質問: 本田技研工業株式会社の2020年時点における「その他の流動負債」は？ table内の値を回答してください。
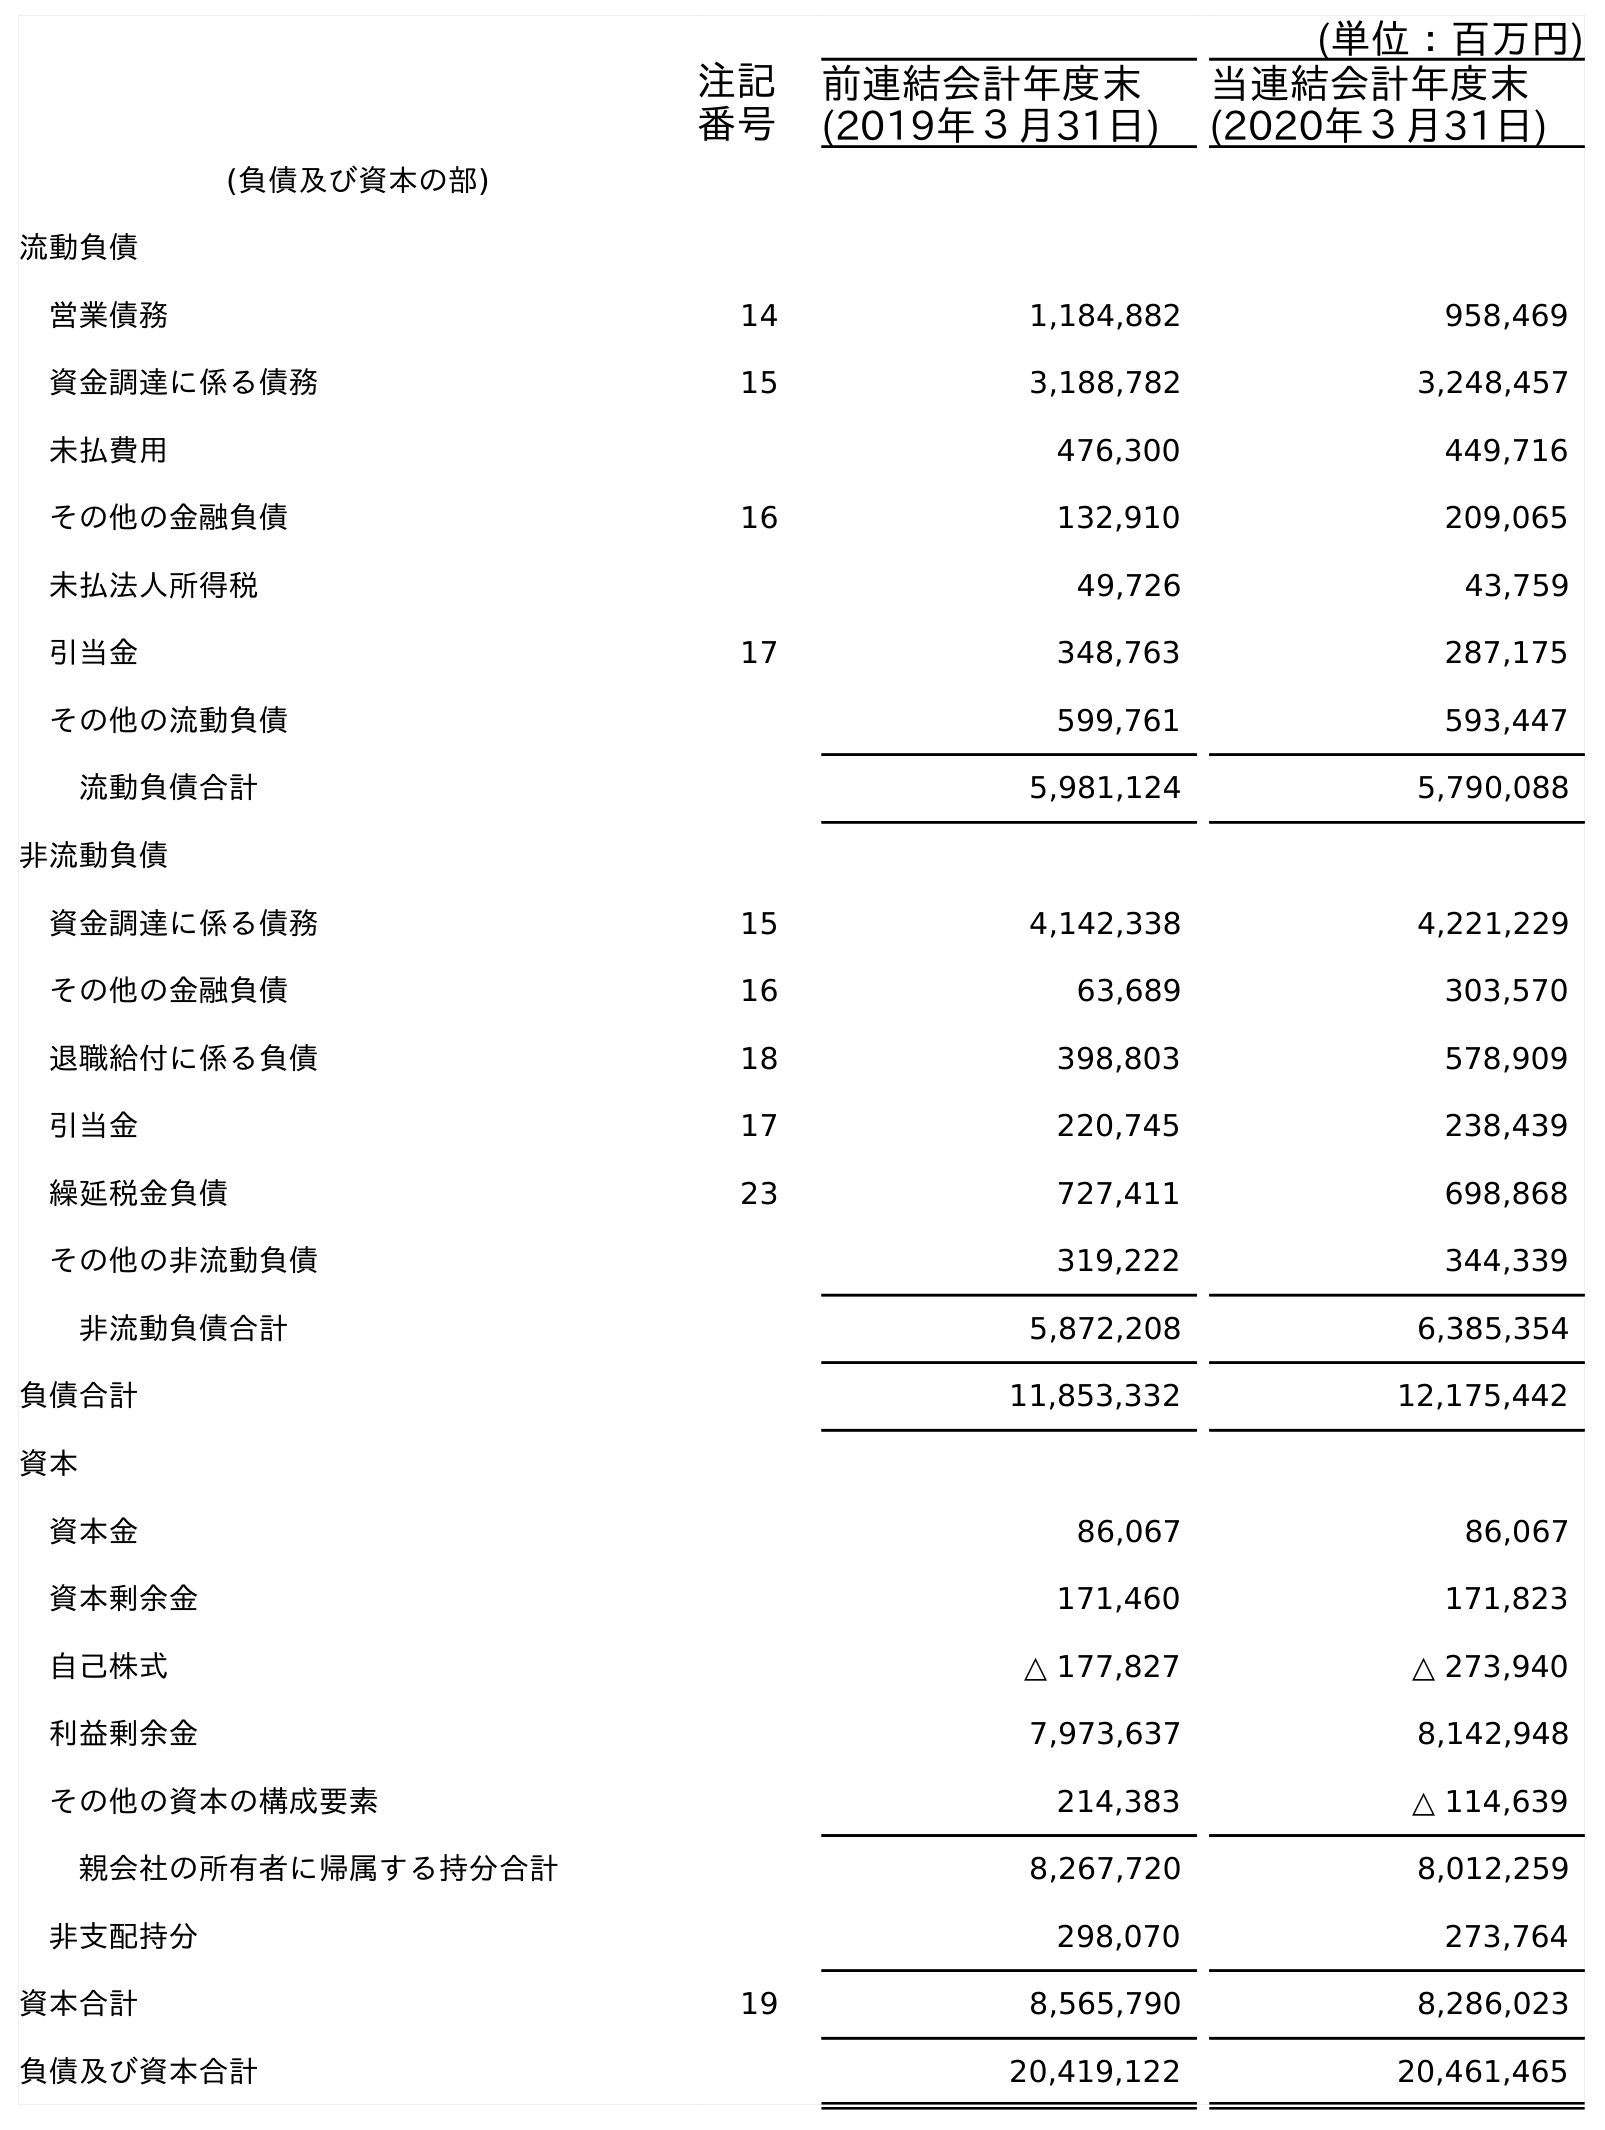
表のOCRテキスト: (単位：百万円) 注記 番号 前連結会計年度末 (2019年３月31日) 当連結会計年度末 (2020年３月31日) (負債及び資本の部) 流動負債 営業債務 14 1,184,882 958,469 資金調達に係る債務 15 3,188,782 3,248,457 未払費用 476,300 449,716 その他の金融負債 16 132,910 209,065 未払法人所得税 49,726 43,759 引当金 17 348,763 287,175 その他の流動負債 599,761 593,447 流動負債合計 5,981,124 5,790,088 非流動負債 資金調達に係る債務 15 4,142,338 4,221,229 その他の金融負債 16 63,689 303,570 退職給付に係る負債 18 398,803 578,909 引当金 17 220,745 238,439 繰延税金負債 23 727,411 698,868 その他の非流動負債 319,222 344,339 非流動負債合計 5,872,208 6,385,354 負債合計 11,853,332 12,175,442 資本 資本金 86,067 86,067 資本剰余金 171,460 171,823 自己株式 △ 177,827 △ 273,940 利益剰余金 7,973,637 8,142,948 その他の資本の構成要素 214,383 △ 114,639 親会社の所有者に帰属する持分合計 8,267,720 8,012,259 非支配持分 298,070 273,764 資本合計 19 8,565,790 8,286,023 負債及び資本合計 20,419,122 20,461,465
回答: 593,447